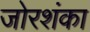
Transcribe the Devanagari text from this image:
जोरशंका